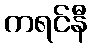
ကရင်နီ